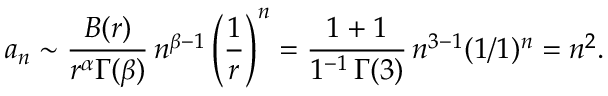
a _ { n } \sim { \frac { B ( r ) } { r ^ { \alpha } \Gamma ( \beta ) } } \, n ^ { \beta - 1 } \left( { \frac { 1 } { r } } \right) ^ { n } = { \frac { 1 + 1 } { 1 ^ { - 1 } \, \Gamma ( 3 ) } } \, n ^ { 3 - 1 } ( 1 / 1 ) ^ { n } = n ^ { 2 } .